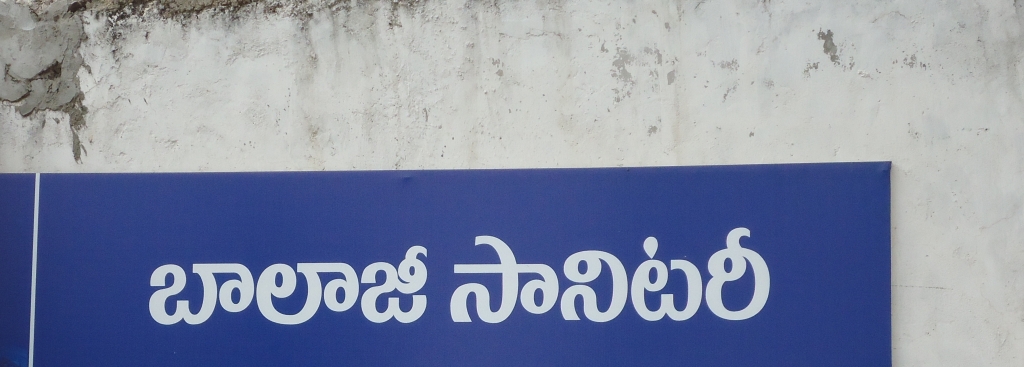
Language: telugu
Transcription: బాలాజి సానిటరీ